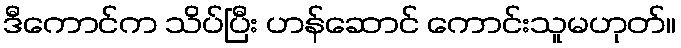
ဒီကောင်က သိပ်ပြီး ဟန်ဆောင် ကောင်းသူမဟုတ်။